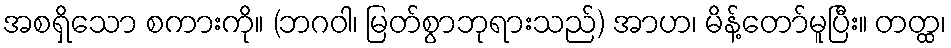
အစရှိသော စကားကို။ (ဘဂဝါ၊ မြတ်စွာဘုရားသည်) အာဟ၊ မိန့်တော်မူပြီး။ တတ္ထ၊